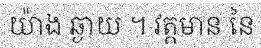
យ៉ាង ឆ្ងាយ ។ វត្តមាន នៃ